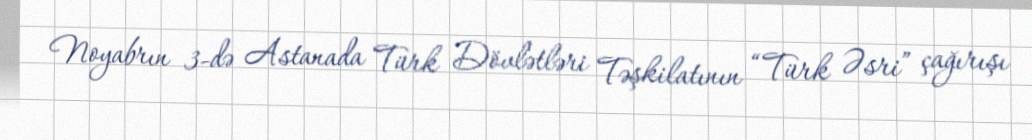
Noyabrın 3-də Astanada Türk Dövlətləri Təşkilatının “Türk Əsri” çağırışı